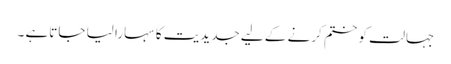
جہالت کو ختم کرنے کے لیے جدیدیت کا سہارا لیا جاتاہے ۔